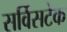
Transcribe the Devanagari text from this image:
सर्विसटेक